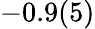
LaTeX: -0.9(5)